Civil Veterinary Department Bihar reports 1936-40 - 1936-1940
Year: 1936
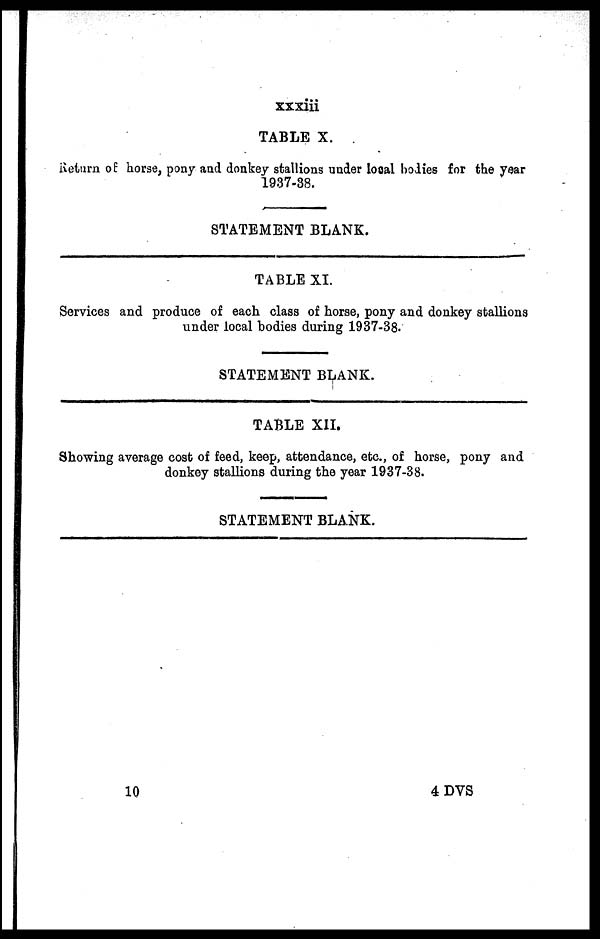
xxxiii
TABLE X.
Return of horse, pony and donkey stallions under local bodies for the year
1937-38.
STATEMENT BLANK.
TABLE XI.
Services and produce of each class of horse, pony and donkey stallions
under local bodies during 1937-38.
STATEMENT BLANK.
TABLE XII.
Showing average cost of feed, keep, attendance, etc., of horse, pony and
donkey stallions during the year 1937-38.
STATEMENT BLANK.
10
4 DVS